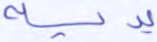
يديه